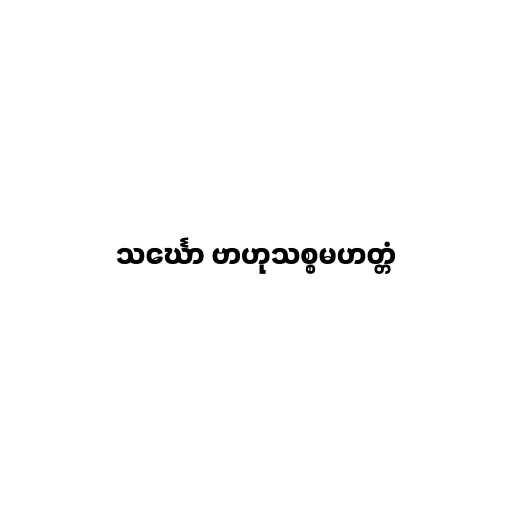
သင်္ဃော ဗာဟုသစ္စမဟတ္တံ